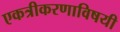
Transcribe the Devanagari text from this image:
एकत्रीकरणाविषयी